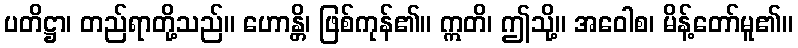
ပတိဋ္ဌာ၊ တည်ရာတို့သည်။ ဟောန္တိ၊ ဖြစ်ကုန်၏။ ဣတိ၊ ဤသို့။ အဝေါစ၊ မိန့်တော်မူ၏။